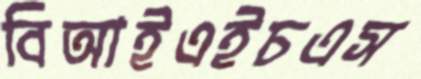
বিআইএইচএস